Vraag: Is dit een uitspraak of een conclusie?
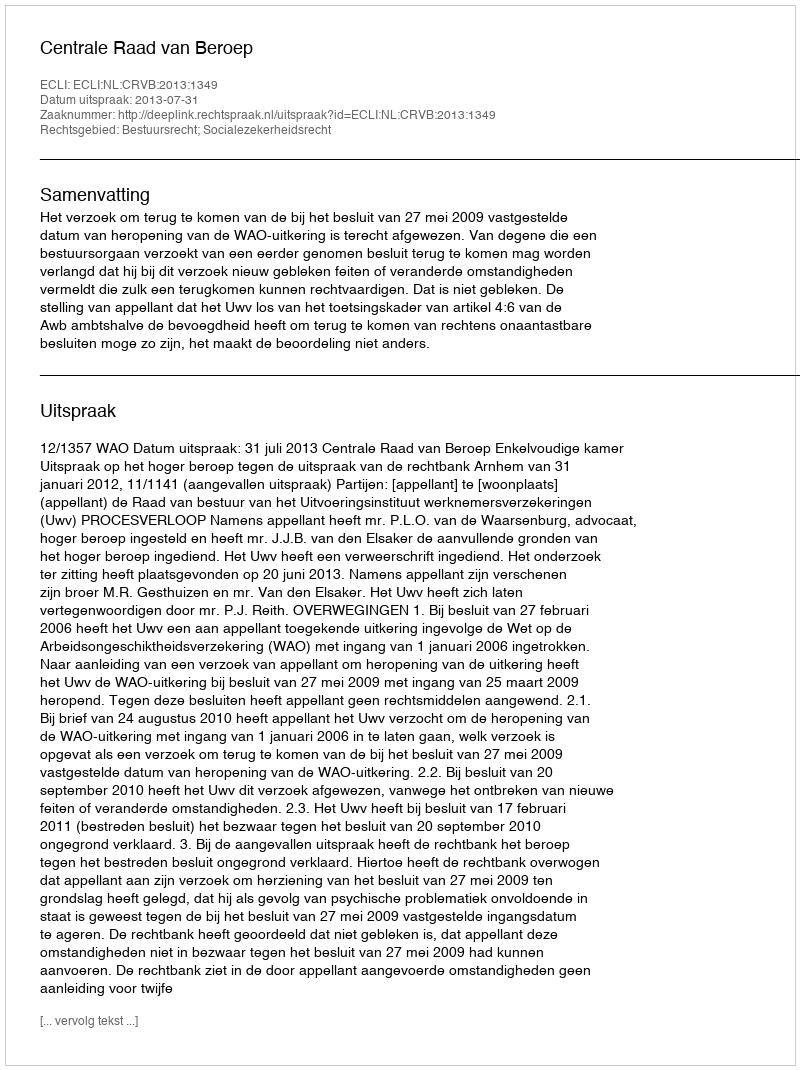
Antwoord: Uitspraak